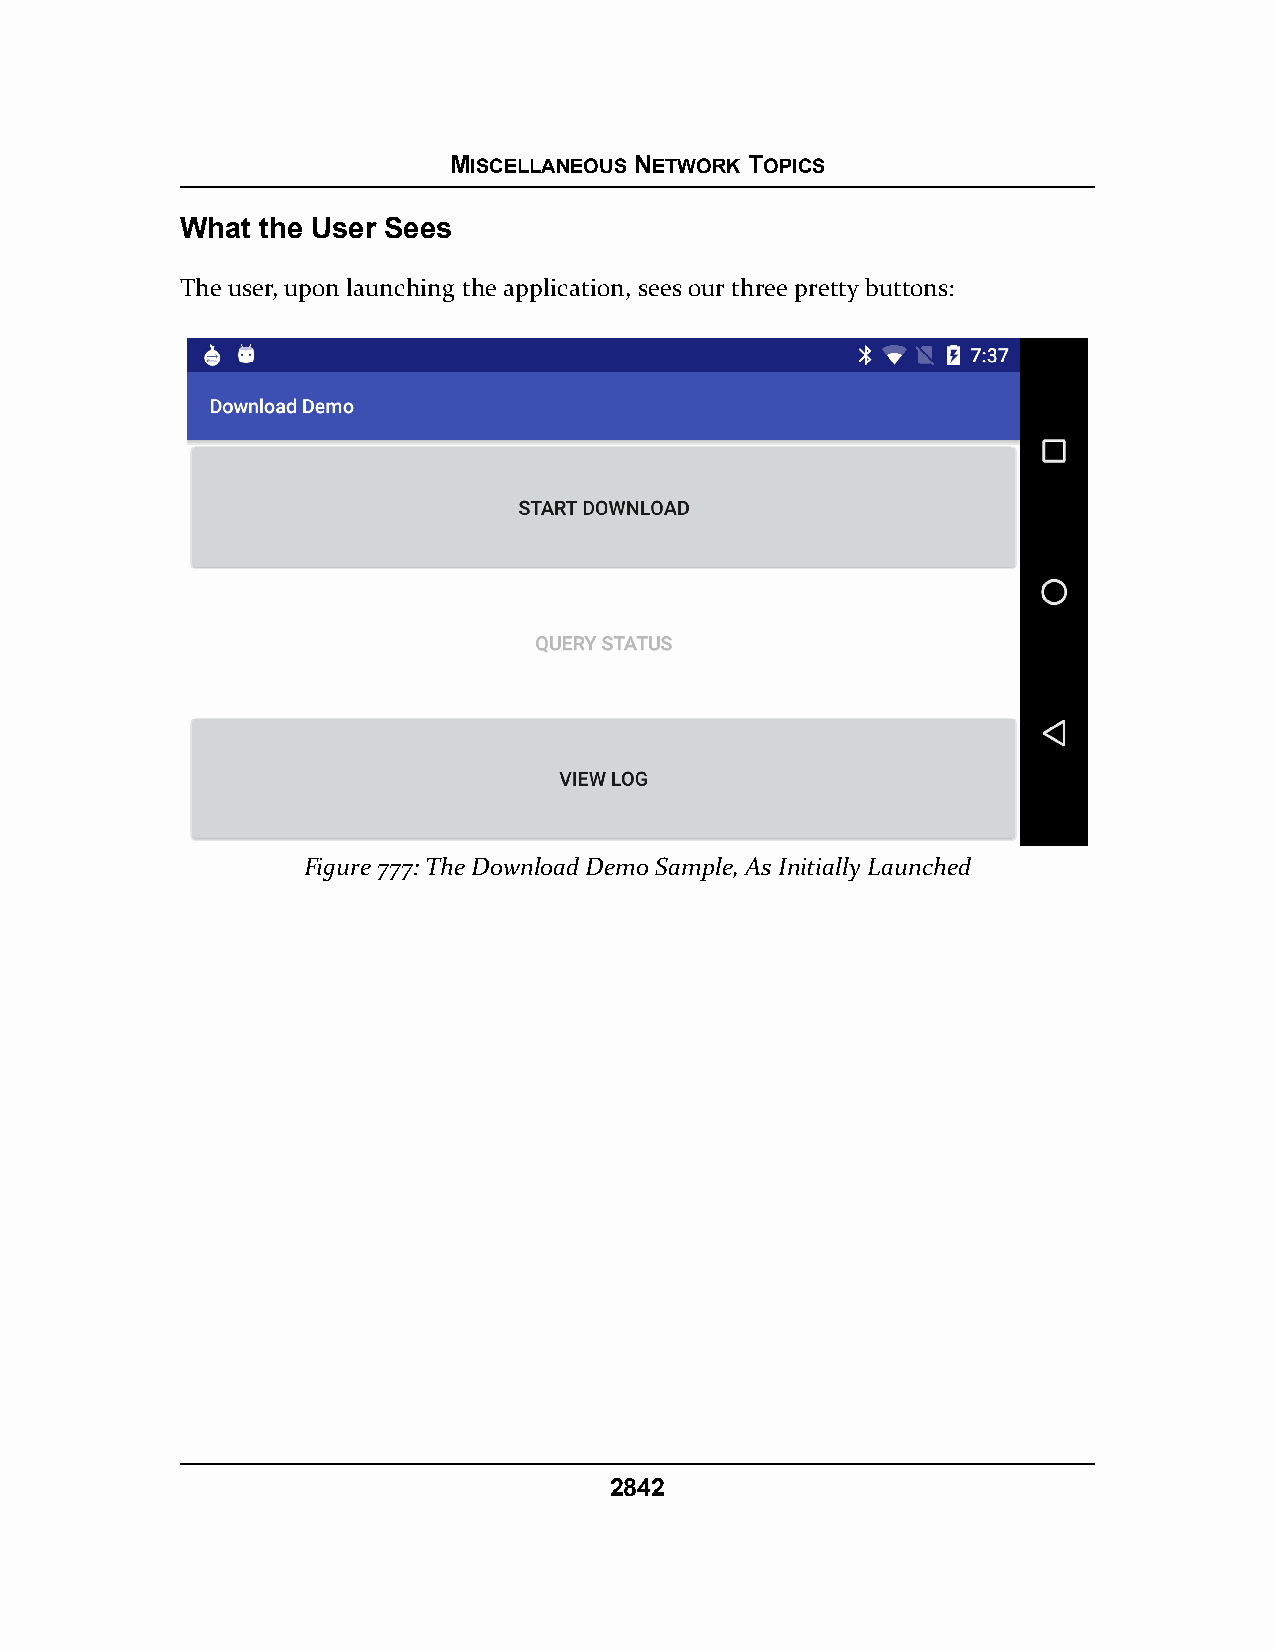
MISCELLANEOUS NETWORK TOPICS
 What the User Sees
 The user, upon launching the application, sees our three pretty buttons:
 Figure 777: The Download Demo Sample, As Initially Launched
 2842